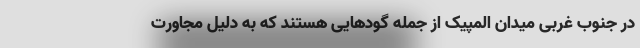
در جنوب غربی میدان المپیک از جمله گودهایی هستند که به دلیل مجاورت